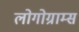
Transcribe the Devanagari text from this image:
लोगोग्राम्स